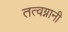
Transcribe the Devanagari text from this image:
तत्वग्नानी